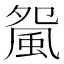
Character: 𩖿